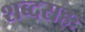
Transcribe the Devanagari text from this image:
शब्दसहः